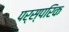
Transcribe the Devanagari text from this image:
पर्स्परिक